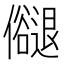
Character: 𠑉